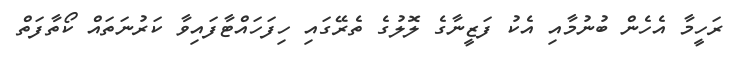
ރަހީމާ އެހެން ބުނުމާއި އެކު ފަޒީނާގެ ލޮލުގެ ތެރޭގައި ހިފަހައްޓާފައިވާ ކަރުނަތައް ކޯތާފަތް